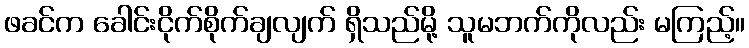
ဖခင်က ခေါင်းငိုက်စိုက်ချလျက် ရှိသည်မို့ သူမဘက်ကိုလည်း မကြည့်။